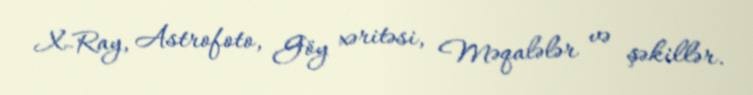
X-Ray, Astrofoto, Göy xəritəsi, Məqalələr və şəkillər.